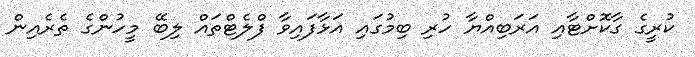
ކުރީގެ ގާކޮށްޓާއި އަރަބިއްޔާ ހުރި ބިމުގައި އަޅާފައިވާ ފްލެޓްތައް ލިބޭ މީހުންގެ ތެރެއިން